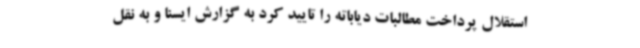
استقلال پرداخت مطالبات دیاباته را تایید کرد به گزارش ایسنا و به نقل